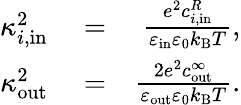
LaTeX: \begin{array}{rlr}{\kappa_{i,\mathrm{in}}^{2}}&{{}=}&{\frac{e^{2}c_{i,\mathrm{in}}^{R}}{\varepsilon_{\mathrm{in}}\varepsilon_{0}k_{\mathrm{B}}T},}\\ {\kappa_{\mathrm{out}}^{2}}&{{}=}&{\frac{2e^{2}c_{\mathrm{out}}^{\infty}}{\varepsilon_{\mathrm{out}}\varepsilon_{0}k_{\mathrm{B}}T}.}\end{array}